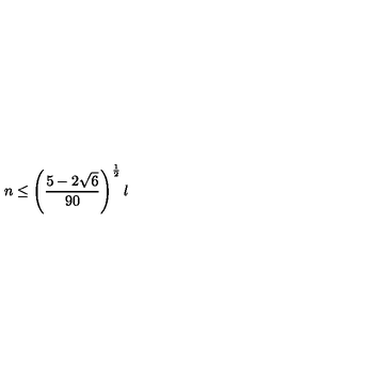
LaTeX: n \le \left( { \frac { 5 - 2 \sqrt { 6 } } { 9 0 } } \right) ^ { \frac { 1 } { 2 } } l